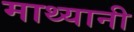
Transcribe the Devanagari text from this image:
माथ्यानी